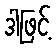
ဒါဖြင့်